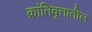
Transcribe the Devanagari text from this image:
क्रांतिवृत्तातील